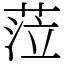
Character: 𦲷